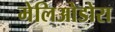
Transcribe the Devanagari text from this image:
मेलिओडोरा